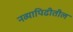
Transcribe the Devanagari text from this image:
नव्यापिढीतील